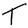
Character: T